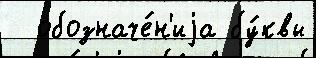
  обозначе́н'иjа бу́квы